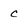
Character: C